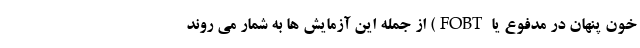
خون پنهان در مدفوع یا FOBT) از جمله این آزمایش ها به شمار می روند